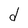
Character: d